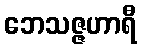
ဘေသဇ္ဇဟာရီ